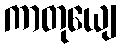
ကာတုယျေ